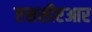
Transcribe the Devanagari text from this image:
एससीएआर